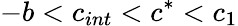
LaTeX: -b<c_{int}<c^{*}<c_{1}